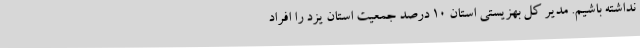
نداشته باشیم. مدیر کل بهزیستی استان 10 درصد جمعیت استان یزد را افراد